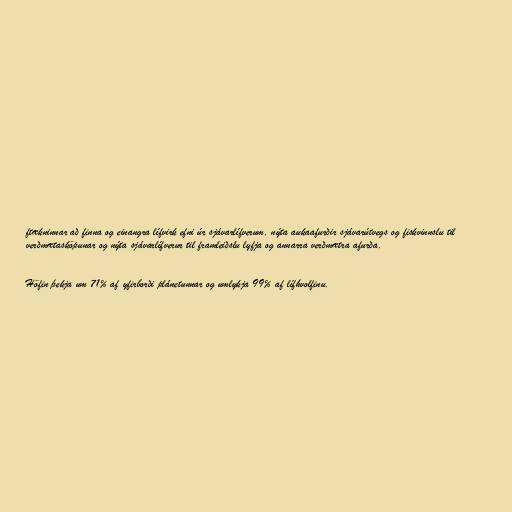
ftækninnar að finna og einangra lífvirk efni úr sjávarlífverum, nýta aukaafurðir sjávarútvegs og fiskvinnslu til
verðmætasköpunar og nýta sjávarlífverur til framleiðslu lyfja og annarra verðmætra afurða.

Höfin þekja um 71% af yfirborði plánetunnar og umlykja 99% af lífhvolfinu.